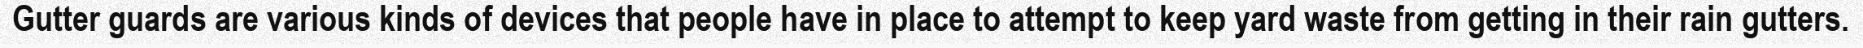
Gutter guards are various kinds of devices that people have in place to attempt to keep yard waste from getting in their rain gutters.